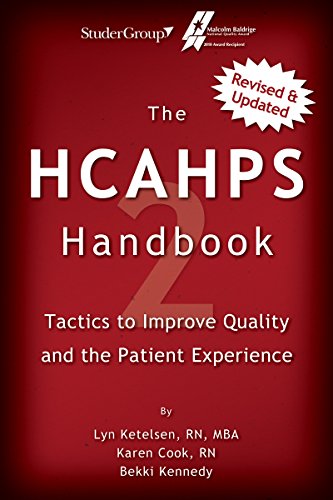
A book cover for The HCAHPS Handbook 2: Tactics to Improve Qualilty and the Patient Experience; Lyn Ketelsen; Medical Books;